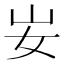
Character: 𡚴